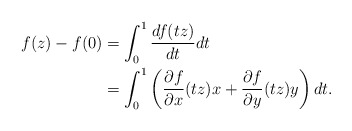
\begin{align*}f(z)-f(0) &= \int_{0}^1 \frac{d f(tz)}{d t} dt \\ &= \int_{0}^1 \left( \frac{\partial f }{\partial x}(tz) x + \frac{\partial f}{\partial y}(tz) y \right) dt. \end{align*}